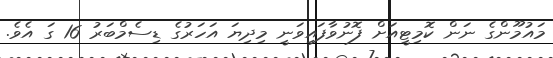
މައުމޫންގެ ނަން ކޮމިޓީއަށް ފޮނުވާފައިވަނީ މިދިޔަ އަހަރުގެ ޑިސެމްބަރު 16 ގަ އެވެ.